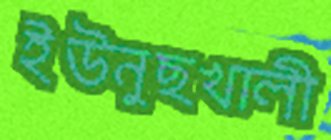
ইউনুছখালী